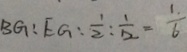
B G : E G : \frac { 1 } { 2 } : \frac { 1 } { 1 2 } = \frac { 1 } { 6 }